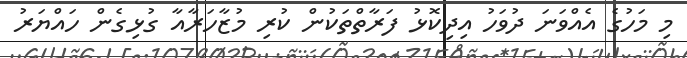
މި މަހުގެ އެއްވަނަ ދުވަހު އިދިކޮޅު ފަރާތްތަކުން ކުރި މުޒާހަރާއާ ގުޅިގެން ހައްޔަރު